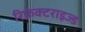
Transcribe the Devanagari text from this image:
रिफ्रेक्टराइज्ड